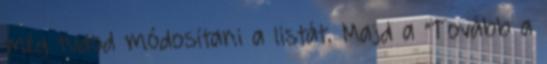
még tudod módosítani a listát. Majd a “Tovább a